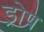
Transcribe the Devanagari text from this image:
ड्रोप